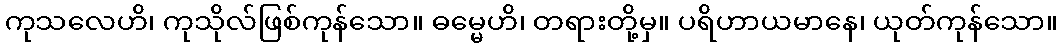
ကုသလေဟိ၊ ကုသိုလ်ဖြစ်ကုန်သော။ ဓမ္မေဟိ၊ တရားတို့မှ။ ပရိဟာယမာနေ၊ ယုတ်ကုန်သော။